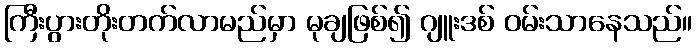
ကြီးပွားတိုးတက်လာမည်မှာ မုချဖြစ်၍ ဂျူးဒစ် ဝမ်းသာနေသည်။